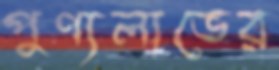
পুণ্যলাভের